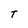
Character: T